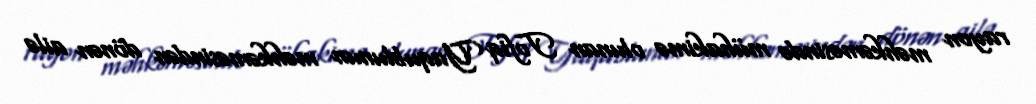
rayon məhkəməsində mühakimə olunan Tofiq Yaqublunun məhkəməsindən dönən ailə